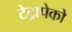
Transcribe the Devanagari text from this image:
टेट्रापेको